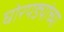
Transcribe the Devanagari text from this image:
घोरपड्यांच्या